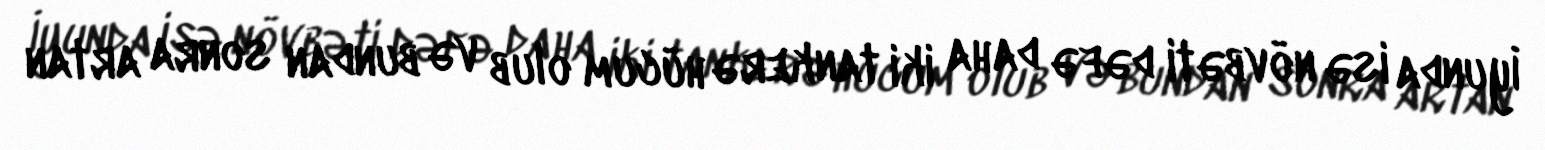
İyunda isə növbəti dəfə daha iki tankerə hücum olub və bundan sonra artan